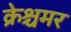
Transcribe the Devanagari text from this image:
क्रेश्चमर